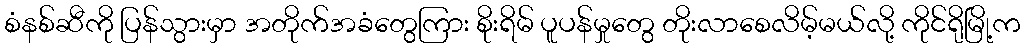
စံနစ်ဆီကို ပြန်သွားမှာ အတိုက်အခံတွေကြား စိုးရိမ် ပူပန်မှုတွေ တိုးလာစေလိမ့်မယ်လို့ ကိုင်ရိုမြို့က